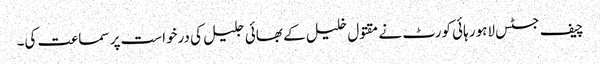
چیف جسٹس لاہور ہائی کورٹ نے مقتول خلیل کے بھائی جلیل کی درخواست پر سماعت کی۔